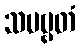
သပဗ္ဗတံ